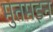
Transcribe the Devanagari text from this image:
मुतमइन